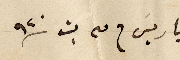
باريس في ٣ ت١ ١٩٢٠